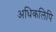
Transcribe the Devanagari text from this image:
अधिकलिपि